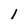
Character: l